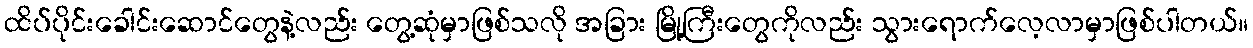
ထိပ်ပိုင်းခေါင်းဆောင်တွေနဲ့လည်း တွေ့ဆုံမှာဖြစ်သလို အခြား မြို့ကြီးတွေကိုလည်း သွားရောက်လေ့လာမှာဖြစ်ပါတယ်။